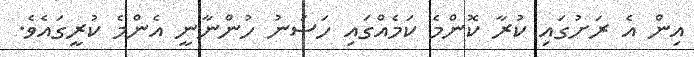
އިން އެ ރަށުގައި ކުރާ ކޮންމެ ކަމެއްގައި ހަސަނު ހުންނާނީ އެންމެ ކުރީގައެވެ.